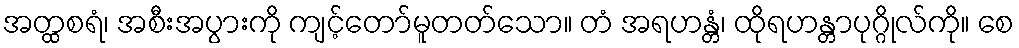
အတ္ထစရံ၊ အစီးအပွားကို ကျင့်တော်မူတတ်သော။ တံ အရဟန္တံ၊ ထိုရဟန္တာပုဂ္ဂိုလ်ကို။ စေ